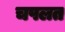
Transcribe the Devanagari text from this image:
चपलत